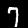
Label: 7